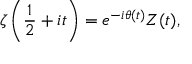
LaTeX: \zeta \left( { \frac { 1 } { 2 } } + i t \right) = e ^ { - i \theta ( t ) } Z ( t ) ,